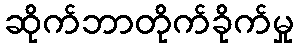
ဆိုက်ဘာတိုက်ခိုက်မှု